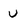
Character: u